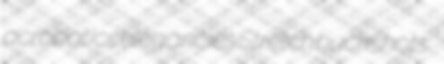
acrobatics elegancies Stretch buckshots